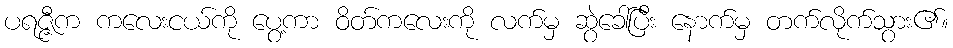
ပရဇ္ဇီက ကလေးငယ်ကို ပွေ့ကာ ဝိတ်ကလေးကို လက်မှ ဆွဲခေါ်ပြီး နောက်မှ တက်လိုက်သွား၏။